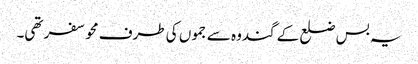
یہ بس ضلع کے گندوہ سے جموں کی طرف محو سفر تھی۔